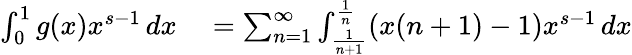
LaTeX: \begin{array}{rl}{\int_{0}^{1}g(x)x^{s-1}\, dx}&{{}=\sum_{n=1}^{\infty}\int_{\frac{1}{n+1}}^{\frac{1}{n}}(x(n+1)-1)x^{s-1}\, dx}\end{array}